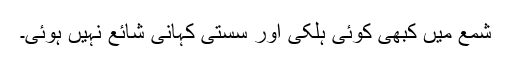
شمع میں کبھی کوئی ہلکی اور سستی کہانی شائع نہیں ہوئی۔